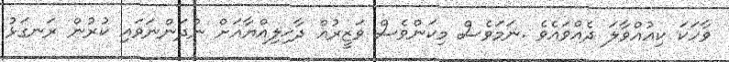
ވާހަކަ ކިއުއްވާލަ ދެއްވައެވެ .ނަމަވެސް މިކަންވެސް ވަޒީރުއް ދާޚިލިއްޔާއަށް ނުދަންނަވައި ކުރުން ރަނގަޅު